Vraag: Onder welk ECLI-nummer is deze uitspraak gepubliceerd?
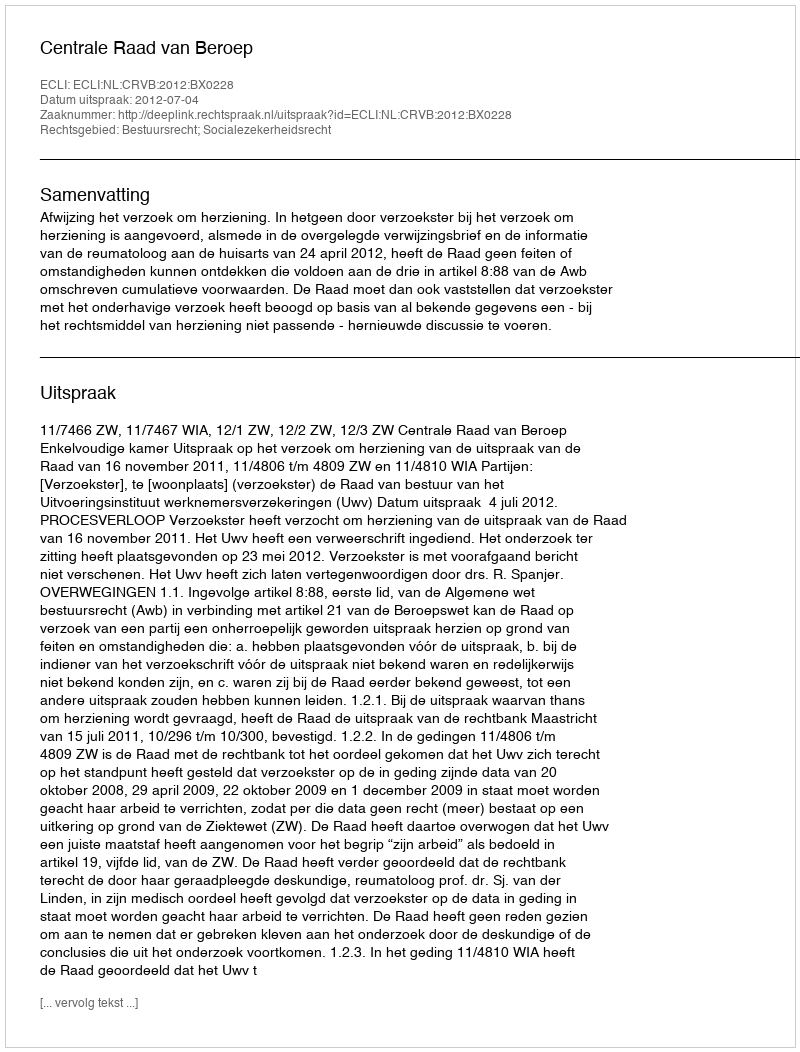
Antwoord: ECLI:NL:CRVB:2012:BX0228